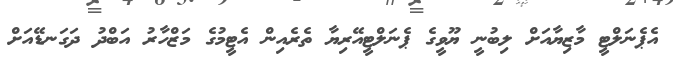
އެޕެނަލްޓީ މާޒިޔާއަށް ލިބުނީ ޔޫވީގެ ޕެނަލްޓީއޭރިޔާ ތެރެއިން އެޓީމުގެ މަޒްހާރު އަބްދު ދަގަނޑޭއަށް